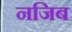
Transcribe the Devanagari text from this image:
नजिब